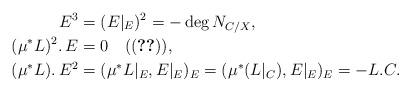
LaTeX: \begin{align*}E^3 &= (E|_E)^2= - \deg N_{C/X},\\(\mu^*L)^2.\,E &= 0\quad({}\eqref{zero1}),\\(\mu^*L).\,E^2 &= (\mu^*L|_E, E|_E)_E = (\mu^*(L|_C), E|_E)_E=-L.C.\end{align*}